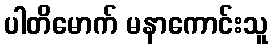
ပါတိမောက် မနာကောင်းသူ